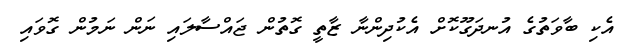
އެކި ބާވަތުގެ އުނދަގޫކޮށް އެކުދިންނާ ޒާތީ ގޮތުން ޖައްސާލައި ނަން ނަމުން ގޮވައި